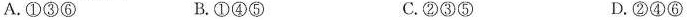
A.①③⑥ B.①④⑤ C.②③⑤ D.②④⑥